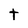
Character: t